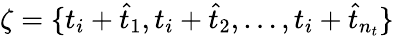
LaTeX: \zeta=\{ t_{i}+\hat{t}_{1},t_{i}+\hat{t}_{2},\dots,t_{i}+\hat{t}_{n_{t}}\}